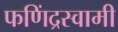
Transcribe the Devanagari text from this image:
फणिंद्रस्वामी